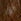
اذا